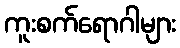
ကူးစက်ရောဂါများ